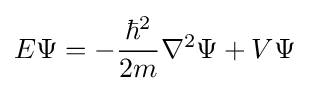
E\Psi =-{\frac {\hbar ^{2}}{2m}}\nabla ^{2}\Psi +V\Psi